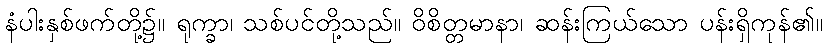
နံပါးနှစ်ဖက်တို့၌။ ရုက္ခာ၊ သစ်ပင်တို့သည်။ ဝိစိတ္တမာနာ၊ ဆန်းကြယ်သော ပန်းရှိကုန်၏။